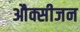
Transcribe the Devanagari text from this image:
औक्सीजन